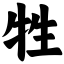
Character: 牲